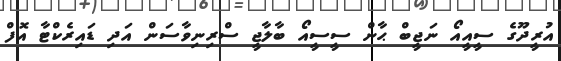
އުރީދޫގެ ސީއީއޯ ނަޖީބް ޙާން ސީސީއޯ ބާލާޖީ ސްރިނިވާސަން އަދި ޑައިރެކްޓާ އޮފް